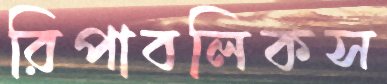
রিপাবলিকস